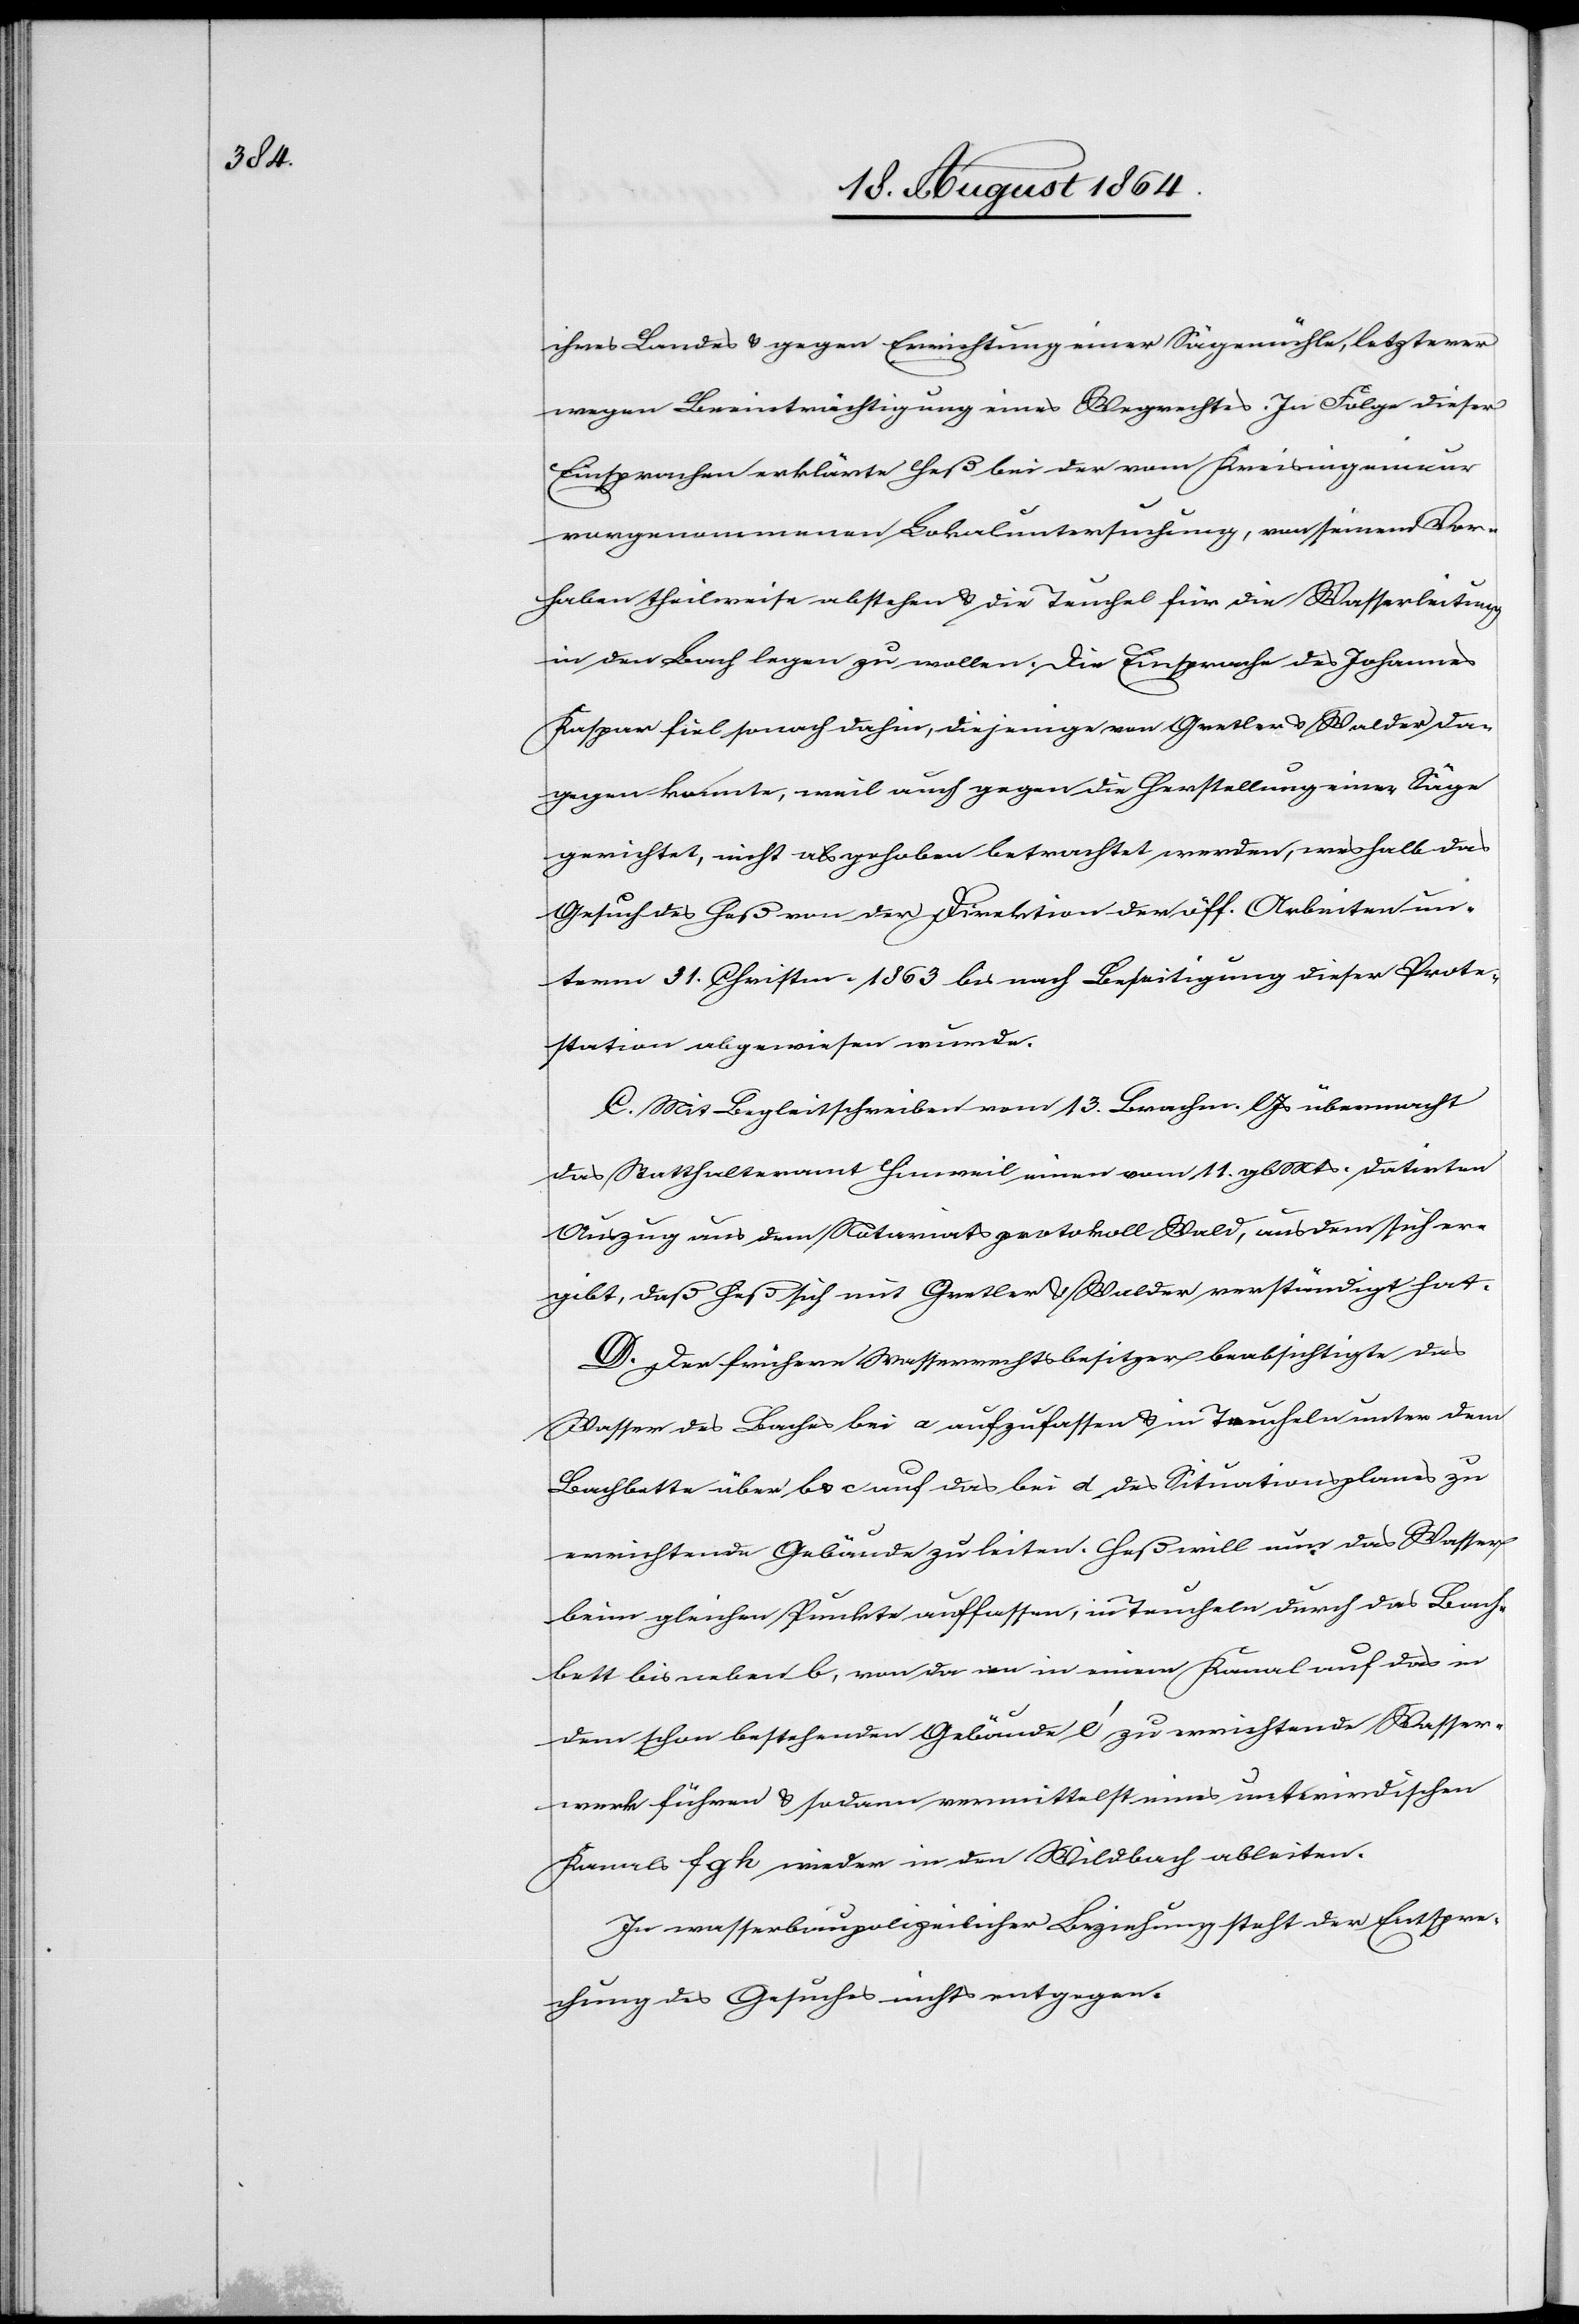
ihres Landes & gegen Errichtung einer Sägemühle, letztere
wegen Beeinträchtigung eines Wegrechtes. In Folge dieser
Einsprachen erklärte Heß bei der vom Kreisingenieur
vorgenommenen Lokaluntersuchung, von seinem Vor¬
haben theilweise abstehen & die Teuchel für die Wasserleitung
in den Bach legen zu wollen. Die Einsprache des Johannes
Kaspar fiel sonach dahin, diejenige von Gretler & Walder da¬
gegen konnte, weil auch gegen die Herstellung einer Säge
gerichtet, nicht als gehoben betrachtet werden, weshalb das
Gesuch des Heß von der Direktion der öff. Arbeiten un¬
term 31. Christm. 1863 bis nach Beseitigung dieser Prote¬
station abgewiesen wurde.
C. Mit Begleitschreiben vom 13. Brachm. l. Js übermacht
das Statthalteramt Hinweil einen vom 11. gl. Mts. datirten
Auszug aus dem Notariatsprotokoll Wald, aus dem sich er¬
gibt, daß Heß sich mit Gretler & Walder verständigt hat.
D. Der frühere Wasserrechtsbesitzer beabsichtigte das
Wasser des Baches bei a aufzufassen & in Teucheln unter dem
Bachbette über b & c auf das bei d des Situationsplanes zu
errichtende Gebäude zu leiten. Heß will nun das Wasser
beim gleichen Punkte auffassen, in Teucheln durch das Bach¬
bett bis neben b, von da an in einem Kanal auf das in
dem schon bestehenden Gebäude e’ zu errichtende Wasser¬
werk führen & sodann vermittelst eines unterirdischen
Kanals f g h wieder in den Wildbach ableiten.
In wasserbaupolizeilicher Beziehung steht der Entspre¬
chung des Gesuches nichts entgegen.